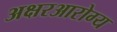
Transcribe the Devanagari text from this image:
अक्षरआरोग्य